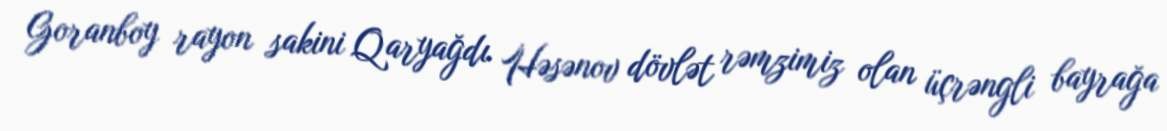
Goranboy rayon sakini Qaryağdı Həsənov dövlət rəmzimiz olan üçrəngli bayrağa